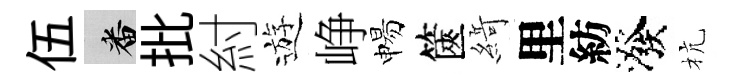
伍番批紂遊峥惕篋𦂶里紡潑杭